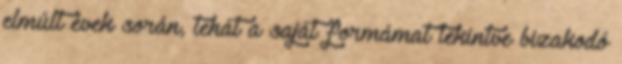
elmúlt évek során, tehát a saját formámat tekintve bizakodó